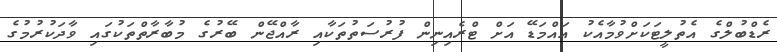
ރެޑްބުލްގެ އެތުލީޓަކަށްވުމާއެކު އައްމަޑޭ އަށް ޓްރެއިނިން ފުރުސަތުތަކާއި ރާއްޖޭން ބޭރުގެ މުބާރާތްތަކުގައި ވާދަކުރުމުގެ